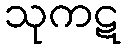
သုကဋ